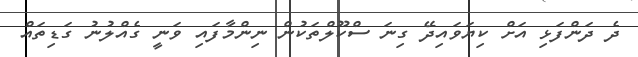
ދެ ދަންފަޅި އަށް ކިޔަވައިދޭ ގިނަ ސްކޫލްތަކުން ނިންމާފައި ވަނީ ގެއްލުނު ގަޑިތައް